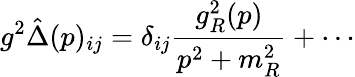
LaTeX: g^{2}\hat{\Delta}(p)_{ij}=\delta_{ij}\frac{g_{R}^{2}(p)}{p^{2}+m_{R}^{2}}+\cdots